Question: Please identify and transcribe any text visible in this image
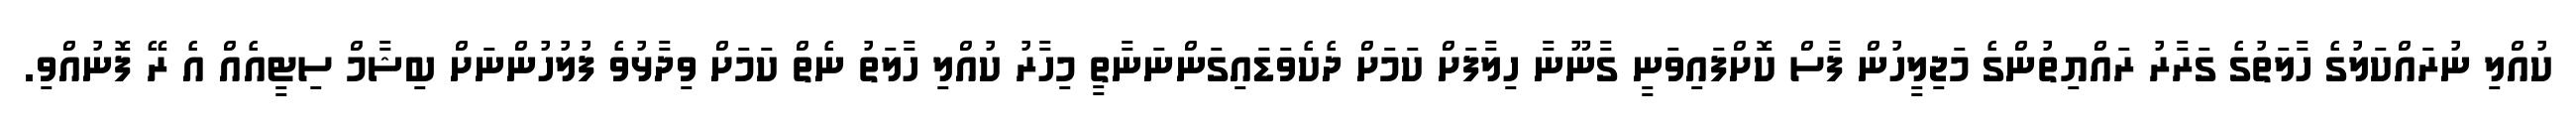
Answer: ކުއްލި ނުރައްކަލުގެ ހާލަތުގެ ގަރާރު ރައްޔިތުންގެ މަޖިލީހުން ފާސް ކޮށްފައިވަނީ ގާނޫނާ ހިލާފަށް ކަމަށް ދެކެވަޑައިގަންނަނާތީ މިހާރު ކުއްލި ހާލަތު ނެތް ކަމަށް ވިދާޅުވެ ފުލުހުންނަށް ބިޝާމް ސިޓީއެއް އެ ރޭ ފޮނުއްވި.